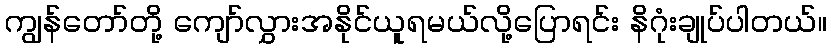
ကျွန်တော်တို့ ကျော်လွှားအနိုင်ယူရမယ်လို့ပြောရင်း နိဂုံးချုပ်ပါတယ်။